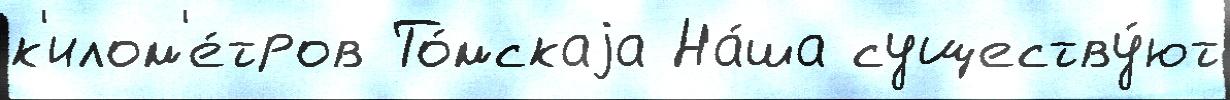
к'илом'е́тров То́мскаjа На́ша существу́ют